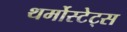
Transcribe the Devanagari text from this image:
थर्मोस्टेट्स